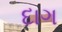
દાગ